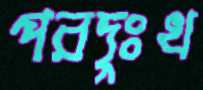
পরদুঃখ